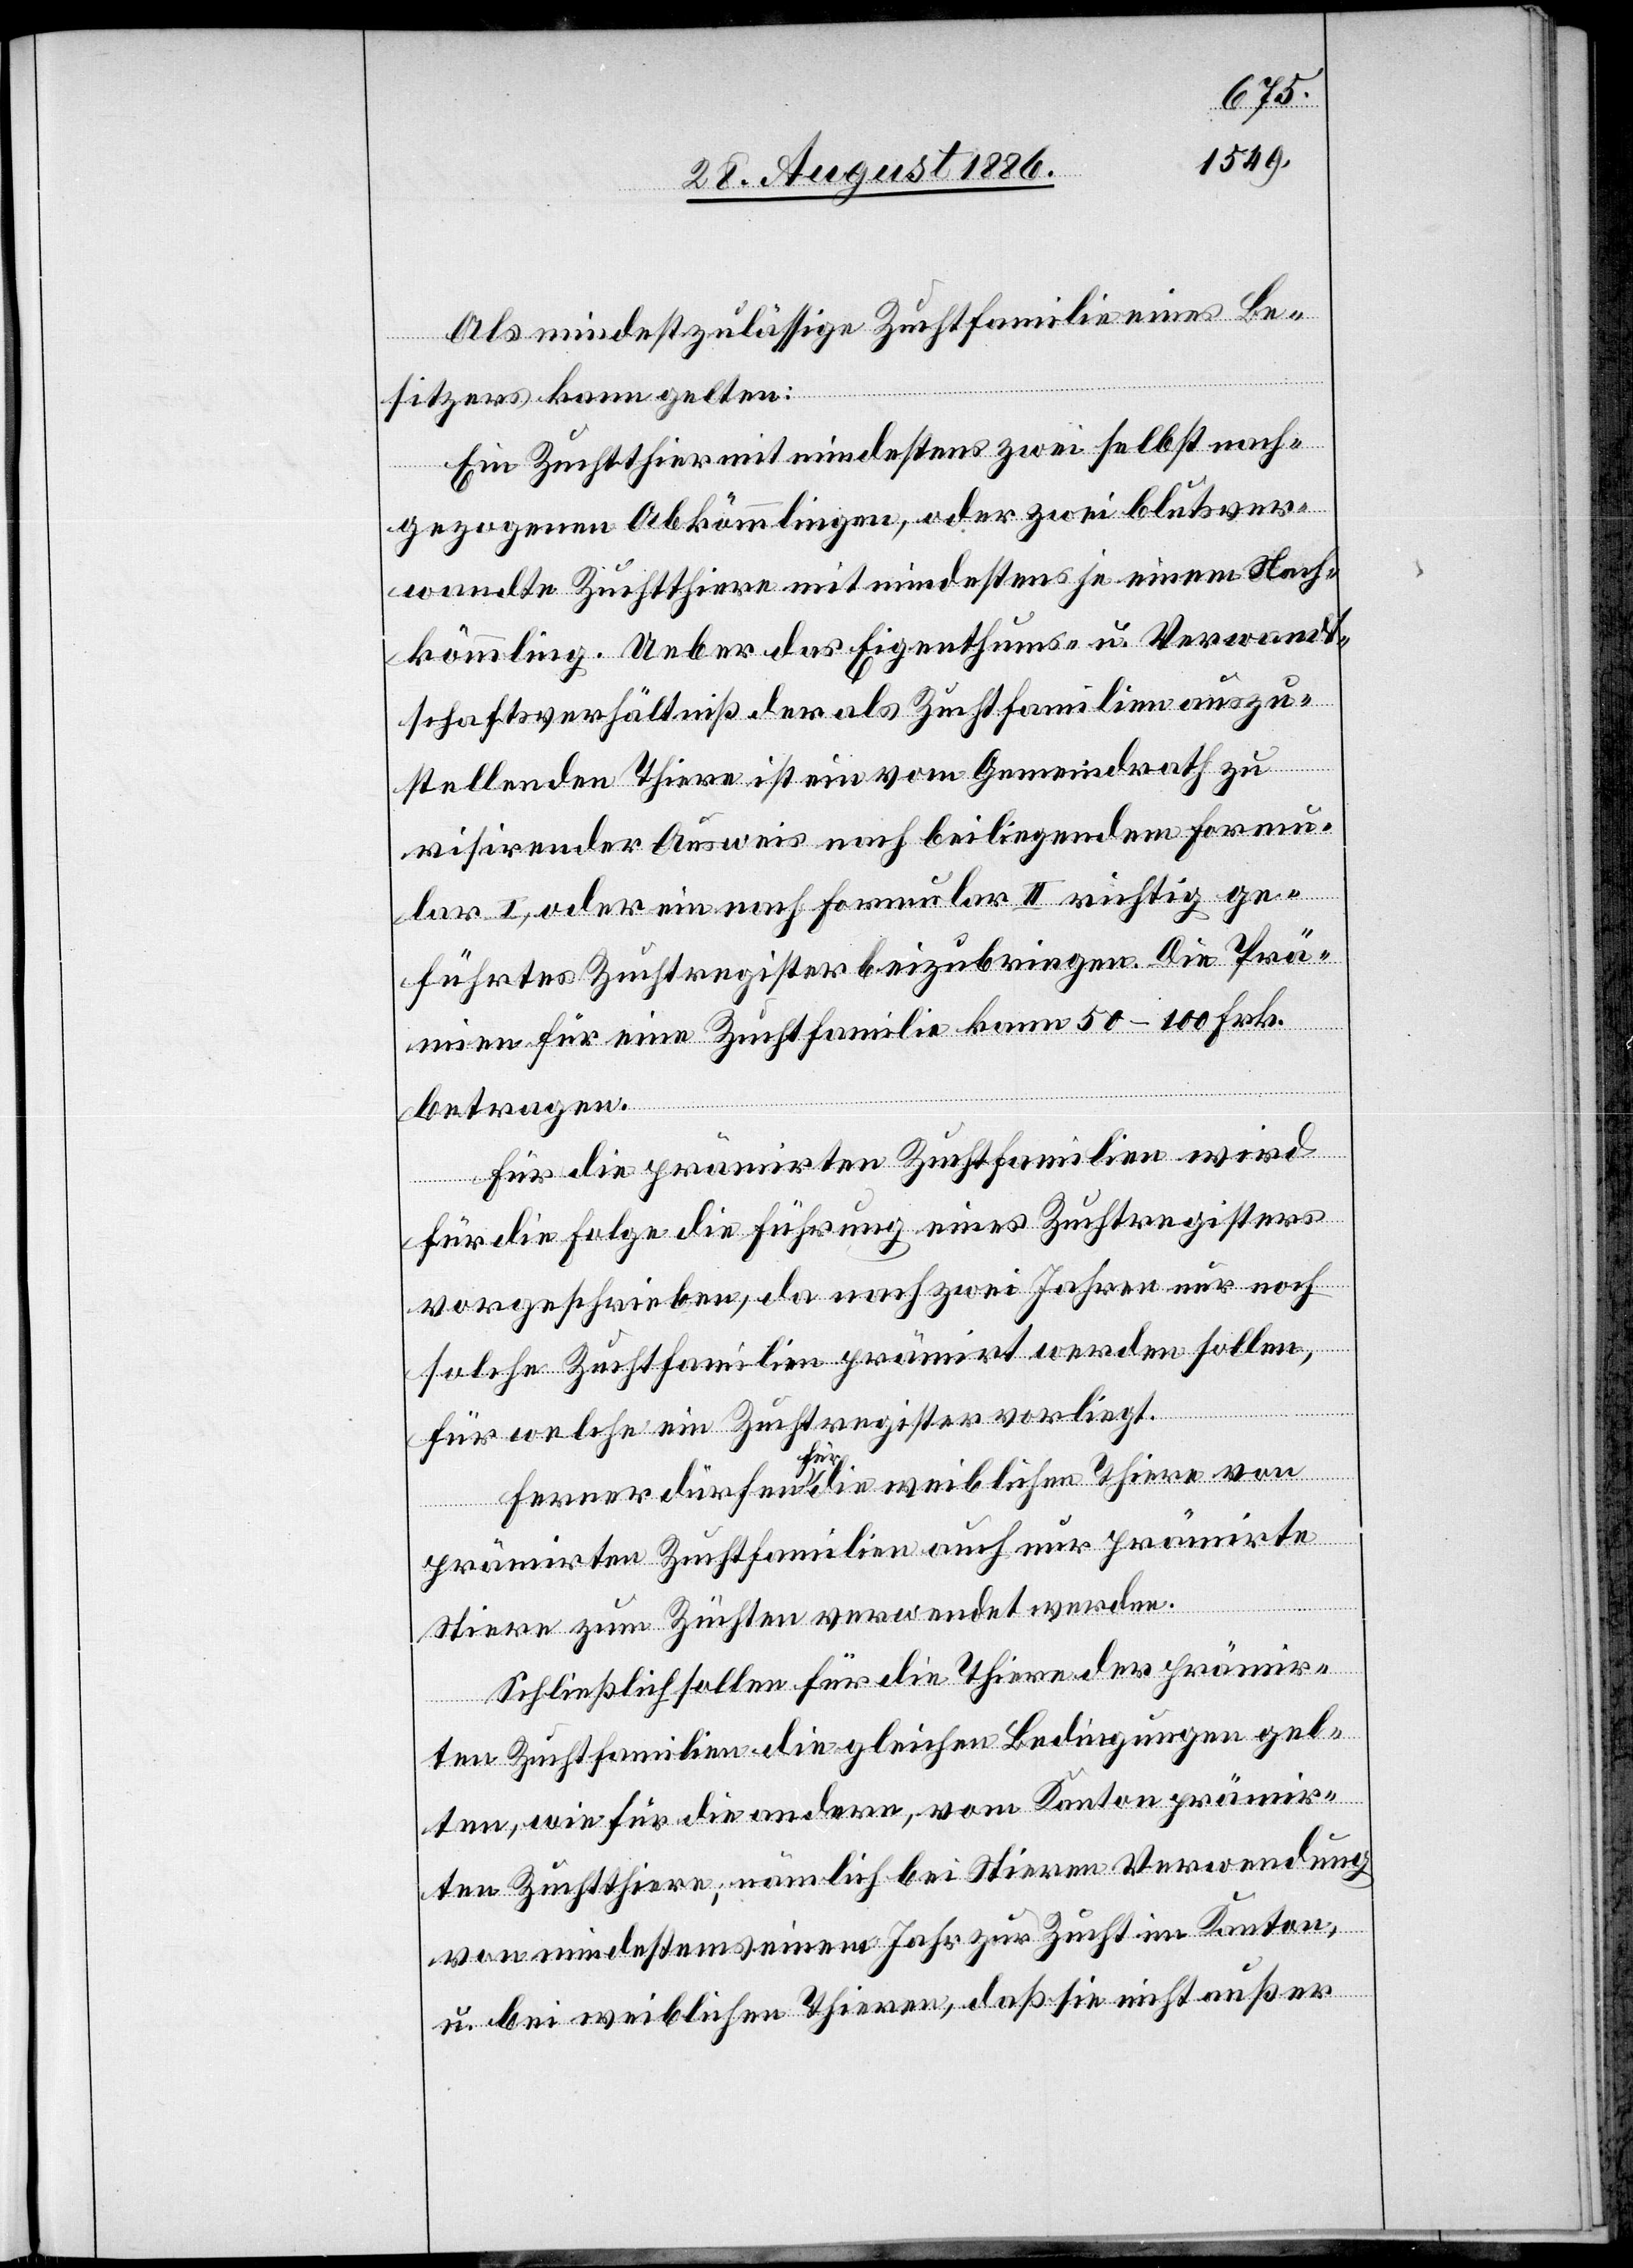
Als mindestzulässige Zuchtfamilie eines Be¬
sitzers kann gelten:
Ein Zuchtthier mit mindestens zwei selbst nach¬
gezogenen Abkömmlingen, oder zwei blutsver¬
wandte Zuchtthiere mit mindestens je einem Nach¬
kömmling. Ueber das Eigenthums- u. Verwandt¬
schaftsverhältniß der als Zuchtfamilien auszu¬
stellenden Thiere ist ein vom Gemeindrath zu
visirender Ausweis nach beiliegendem Formu¬
lar I, oder ein nach Formular II richtig ge¬
führtes Zuchtregister beizubringen. Die Prä¬
mien für eine Zuchtfamilie kann 50–100 Frk.
betragen.
Für die prämirten Zuchtfamilien wird
für die Folge die Führung eines Zuchtregisters
vorgeschrieben, da nach zwei Jahren nur noch
solche Zuchtfamilien prämirt werden sollen,
für welche ein Zuchtregister vorliegt.
Ferner dürfen für die weiblichen Thiere von
prämirten Zuchtfamilien auch nur prämirte
Stiere zum Züchten verwendet werden.
Schließlich sollen für die Thiere der prämir¬
ten Zuchtfamilien die gleichen Bedingungen gel¬
ten, wie für die andern, vom Kanton prämir¬
ten Zuchtthiere; nämlich bei Stieren Verwendung
von mindestens einem Jahr zur Zucht im Kanton,
u. bei weiblichen Thieren, daß sie nicht außer